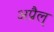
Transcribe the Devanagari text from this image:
अप्रैल्